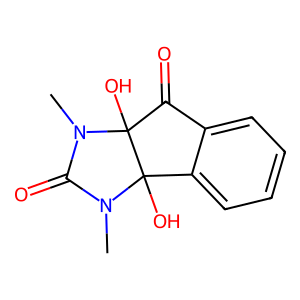
SMILES: CN1C(=O)N(C)C2(O)c3ccccc3C(=O)C12O
Inhibits HIV replication: No